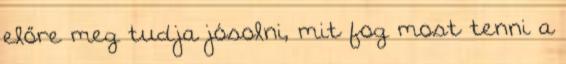
előre meg tudja jósolni, mit fog most tenni a